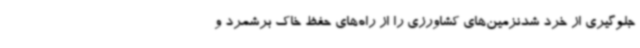
جلوگیری از خرد شدنزمین‌های کشاورزی را از راه‌های حفظ خاک برشمرد و